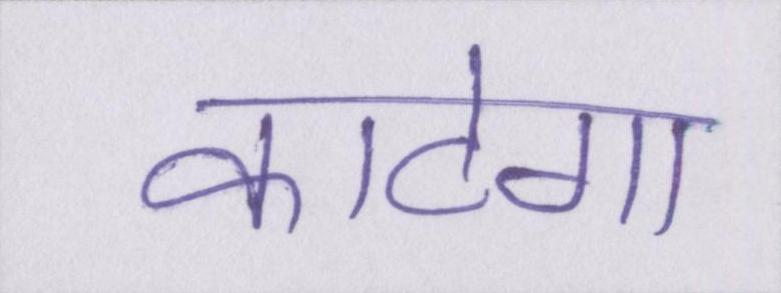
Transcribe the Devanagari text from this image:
काटेगा